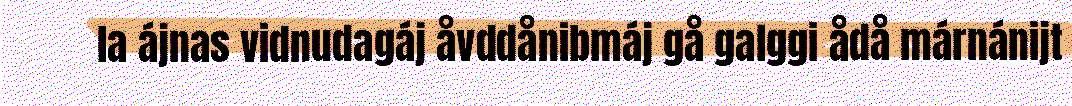
la ájnas vidnudagáj åvddånibmáj gå galggi ådå márnánijt